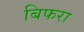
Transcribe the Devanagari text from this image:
बिफरा